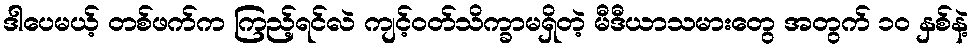
ဒါပေမယ့် တစ်ဖက်က ကြည့်ရင်လဲ ကျင့်ဝတ်သိက္ခာမရှိတဲ့ မီဒီယာသမားတွေ အတွက် ၁၀ နှစ်နဲ့